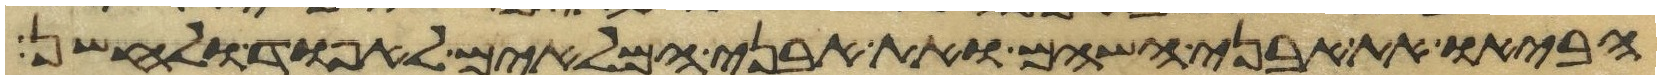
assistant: הביאו את אבני השהם ואת אבני המלאים לאפוד ולחשן